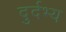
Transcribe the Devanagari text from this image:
दुर्दभ्य